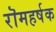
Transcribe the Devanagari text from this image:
रॊमहर्षक